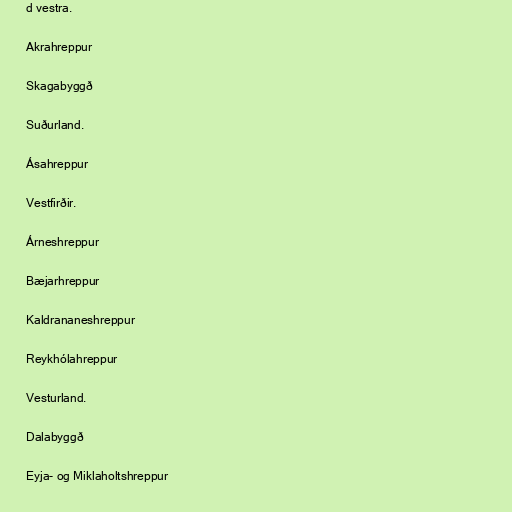
d vestra.

Akrahreppur

Skagabyggð

Suðurland.

Ásahreppur

Vestfirðir.

Árneshreppur

Bæjarhreppur

Kaldrananeshreppur

Reykhólahreppur

Vesturland.

Dalabyggð

Eyja- og Miklaholtshreppur